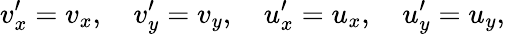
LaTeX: v_{x}^{\prime}=v_{x},\quad v_{y}^{\prime}=v_{y},\quad u_{x}^{\prime}=u_{x},\quad u_{y}^{\prime}=u_{y},